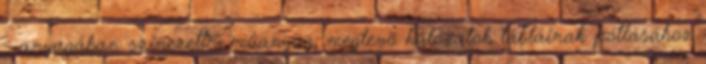
- anyagában színezett - mûanyag; meglevõ hálózatok tábláinak pótlásához